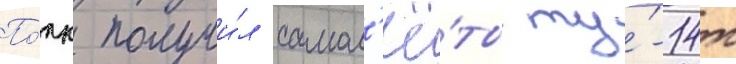
По́лк получи́л самол'ё́ты ту́-14т